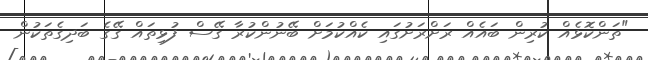
"ތަންކޮޅެއް ކުރިން ބައެއް ރަށްރަށުގައި ކެއްކުމަށް ބޭނުންކުރާ ގޭސް ފުޅިތައް ގޭގެ ބަދިގެތަކުން